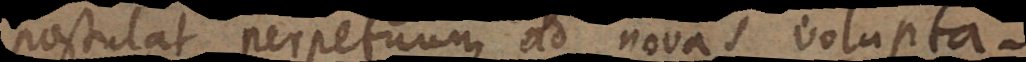
postulat perpetuum ad novas voluptate